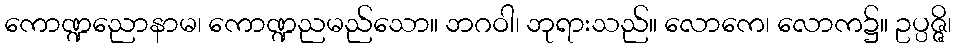
ကောဏ္ဍညောနာမ၊ ကောဏ္ဍညမည်သော။ ဘဂဝါ၊ ဘုရားသည်။ လောကေ၊ လောက၌။ ဥပ္ပဇ္ဇိ၊